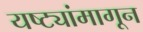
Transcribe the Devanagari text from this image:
यष्ट्यांमागून